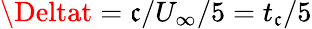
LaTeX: \Deltat=\mathfrak{c}/U_{\infty}/5=t_{\mathfrak{c}}/5